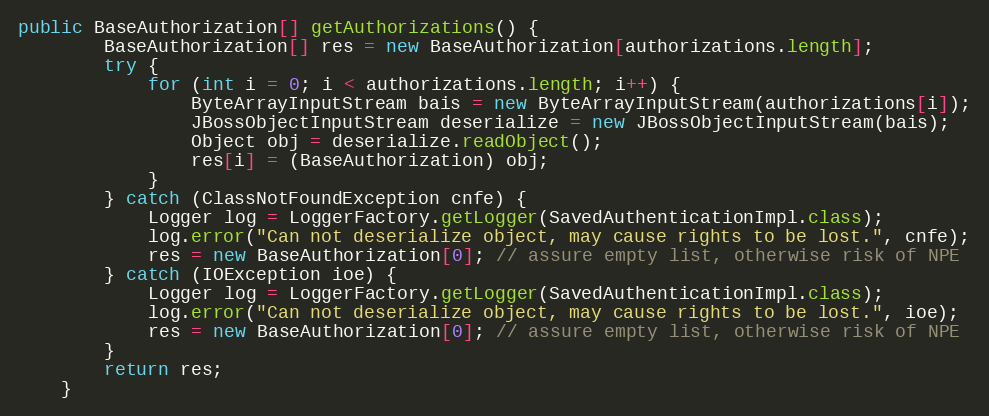
Language: Java
public BaseAuthorization[] getAuthorizations() {
		BaseAuthorization[] res = new BaseAuthorization[authorizations.length];
		try {
			for (int i = 0; i < authorizations.length; i++) {
				ByteArrayInputStream bais = new ByteArrayInputStream(authorizations[i]);
				JBossObjectInputStream deserialize = new JBossObjectInputStream(bais);
				Object obj = deserialize.readObject();
				res[i] = (BaseAuthorization) obj;
			}
		} catch (ClassNotFoundException cnfe) {
			Logger log = LoggerFactory.getLogger(SavedAuthenticationImpl.class);
			log.error("Can not deserialize object, may cause rights to be lost.", cnfe);
			res = new BaseAuthorization[0]; // assure empty list, otherwise risk of NPE
		} catch (IOException ioe) {
			Logger log = LoggerFactory.getLogger(SavedAuthenticationImpl.class);
			log.error("Can not deserialize object, may cause rights to be lost.", ioe);
			res = new BaseAuthorization[0]; // assure empty list, otherwise risk of NPE
		}
		return res;
	}